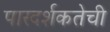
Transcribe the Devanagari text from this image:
पारदर्शकतेची